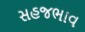
સહજભાવ